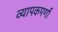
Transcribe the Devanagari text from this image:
व्यापकपर्णो